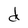
Character: d